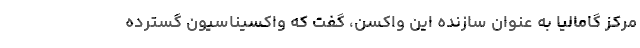
مرکز گامالیا به عنوان سازنده این واکسن، گفت که واکسیناسیون گسترده